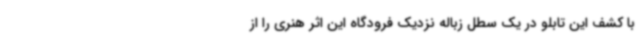
با کشف این تابلو در یک سطل زباله نزدیک فرودگاه این اثر هنری را از